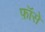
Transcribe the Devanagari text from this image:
फ़ॉसे